Jaan_Tonisson_(Lasteleht), lk 128
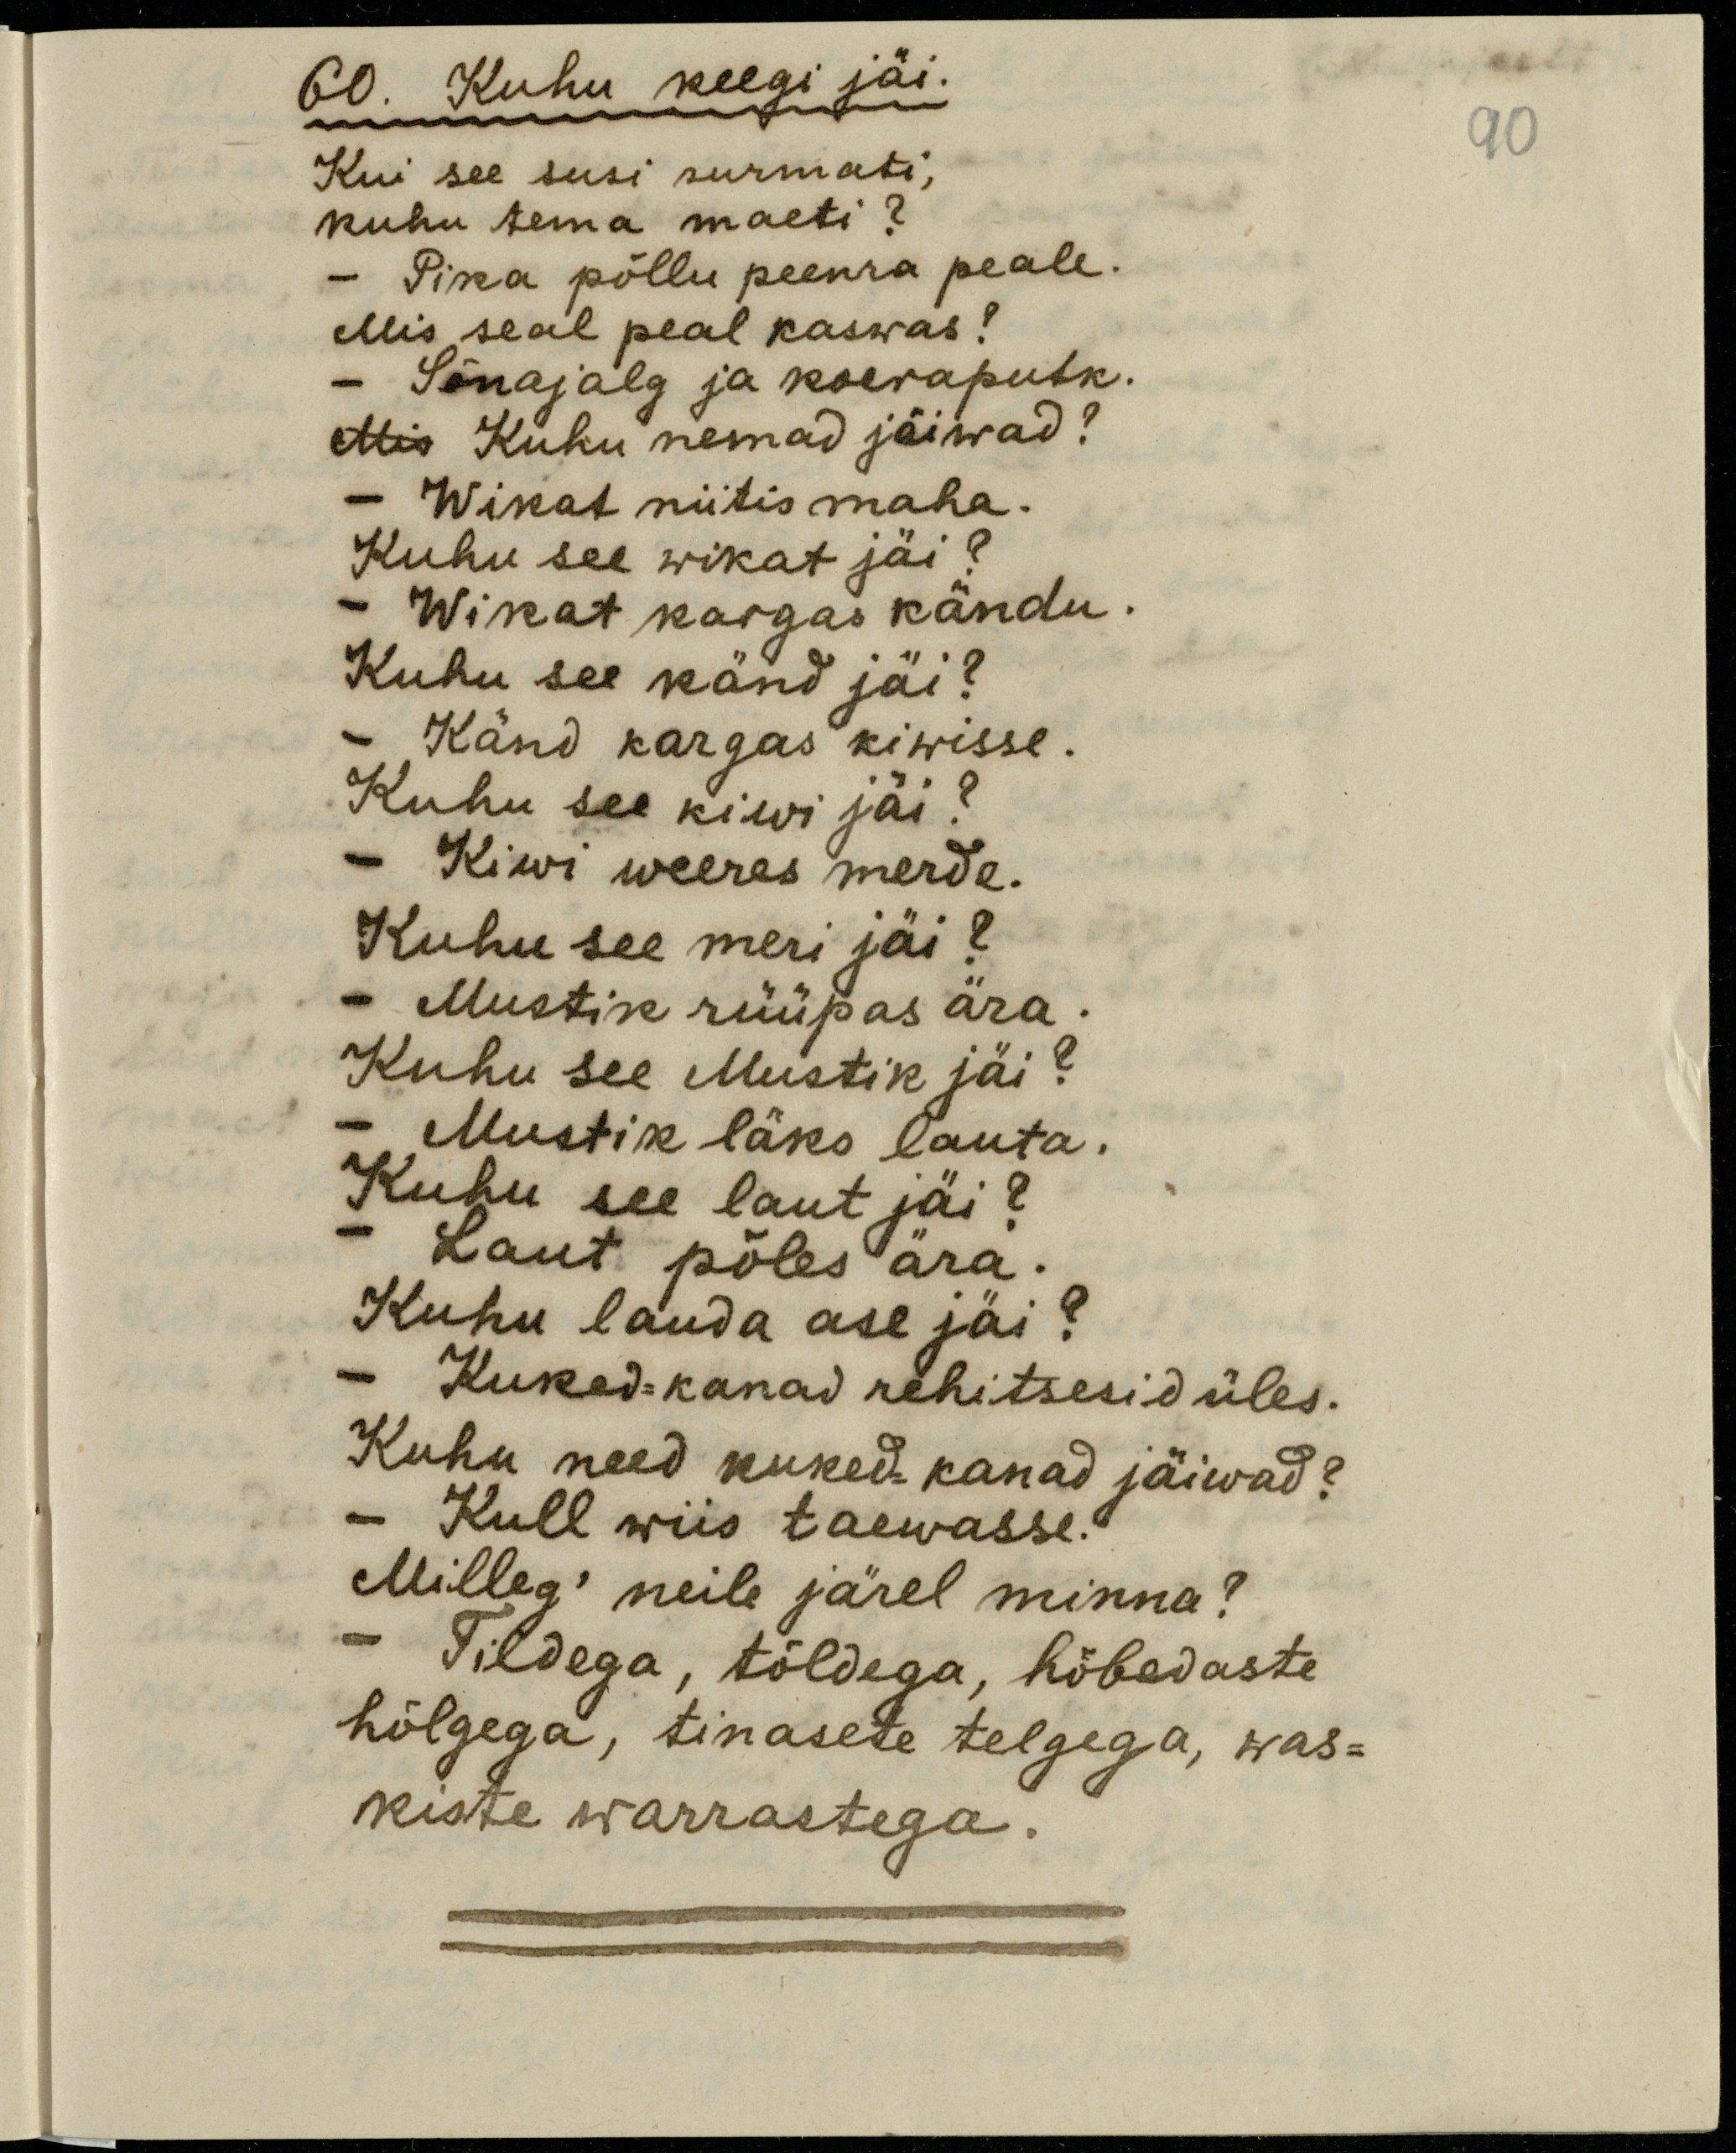
60. Kuhu keegi jäi.
Kui see susi surmati,
kuhu tema maeti?
- Pika põllu peenra peale.
Mis seal kaswas?
Sõnajalg ja koeraputk.
Mis Kuhu nemad jäiwad?
- Wikat niitis maha.
Kuhu see wikat jäi?
Wikat kargas kändu.
Kuhu see känd jäi?
- Känd kargas kiwisse.
Kuhu see kiwi jäi?
- Kiwi weeres merde.
Kuhu see meri jäi?
- Mustik rüüpas ära.
Kuhu see Mustik jäi?
- Mustik läks lauta,
Kuhu see laut jäi?
- Laut põles ära.
Kuhu lauda ase jäi?
- Kuked=kanad rehitsesid üles.
Kuhu need kuked-kanad jäiwad?
- Kull wiis taewasse.
Milleg' neile järel minna?
- Tildega, tõldega, hõbedaste
hõlgega, tinasete telgega, was-
kiste warrastega.

90